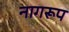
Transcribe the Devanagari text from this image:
नागरूप